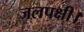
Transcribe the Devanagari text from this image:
जलपक्षी।